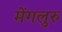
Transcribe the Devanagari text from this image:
मेंगलुरु